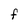
Character: F